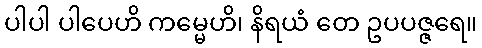
ပါပါ ပါပေဟိ ကမ္မေဟိ၊ နိရယံ တေ ဥပပဇ္ဇရေ။